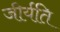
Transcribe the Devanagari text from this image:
जीर्यति